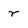
Character: r